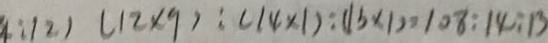
9 : 1 2 ) ( 1 2 \times 9 ) : ( 1 4 \times 1 ) : ( 1 5 \times 1 ) = 1 0 8 : 1 4 : 1 3